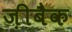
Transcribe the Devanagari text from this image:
ज़ीबैक